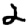
Digit: 2